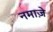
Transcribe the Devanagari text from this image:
नमाज़े